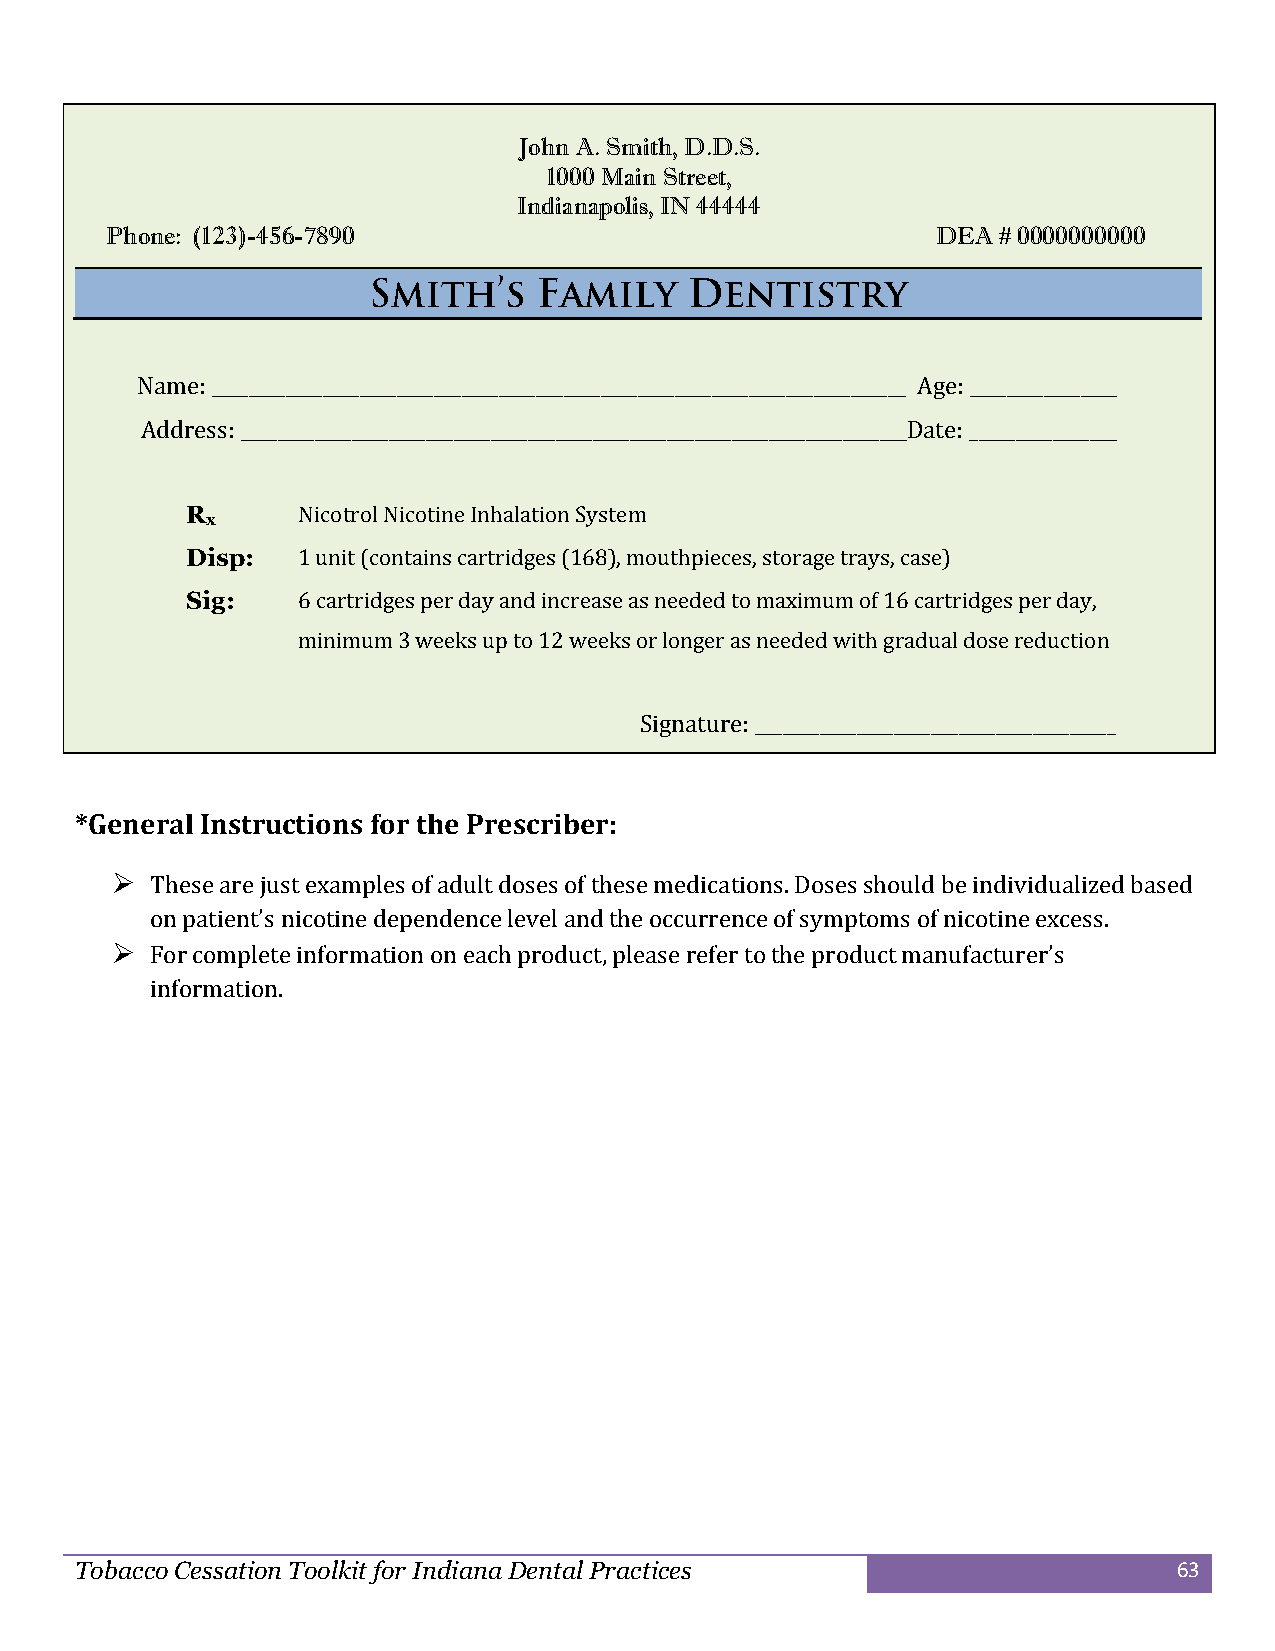
John A. Smith, D.D.S.
 1000 Main Street,
 Indianapolis, IN 44444
 Phone: (123)-456-7890                                  DEA # 0000000000
 Name: ___________________________________________________________________________ Age: ________________
 Address: ________________________________________________________________________Date: ________________
 R       Nicotrol Nicotine Inhalation System
 x
 Disp:   1 unit (contains cartridges (168), mouthpieces, storage trays, case)
 Sig:    6 cartridges per day and increase as needed to maximum of 16 cartridges per day,
 minimum 3 weeks up to 12 weeks or longer as needed with gradual dose reduction
 Signature: _______________________________________
 *General Instructions for the Prescriber:
   These are just examples of adult doses of these medications. Doses should be individualized based
 on patient’s nicotine dependence level and the occurrence of symptoms of nicotine excess.
   For complete information on each product, please refer to the product manufacturer’s
 information.
 Tobacco Cessation Toolkit for Indiana Dental Practices                   63